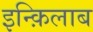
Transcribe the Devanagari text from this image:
इन्क़िलाब